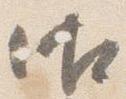
御